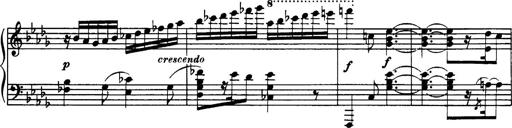
Title: 3 Sonatinas, Op.67
Composer: Jean Sibelius